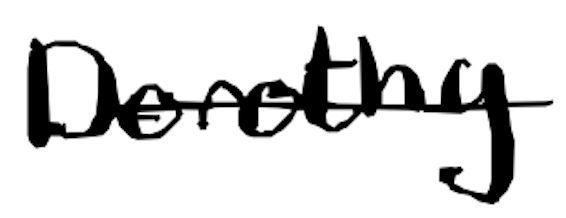
Text: Dorothy
Cross-out: single-line
Writing tool: digital_black